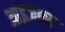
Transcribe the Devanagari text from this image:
आइज़क्स